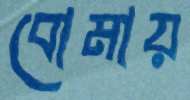
বোমায়